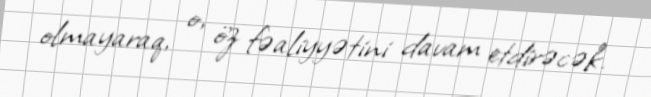
olmayaraq, o, öz fəaliyyətini davam etdirəcək.